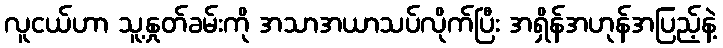
လူငယ်ဟာ သူ့နှုတ်ခမ်းကို အသာအယာသပ်လိုက်ပြီး အရှိန်အဟုန်အပြည့်နဲ့